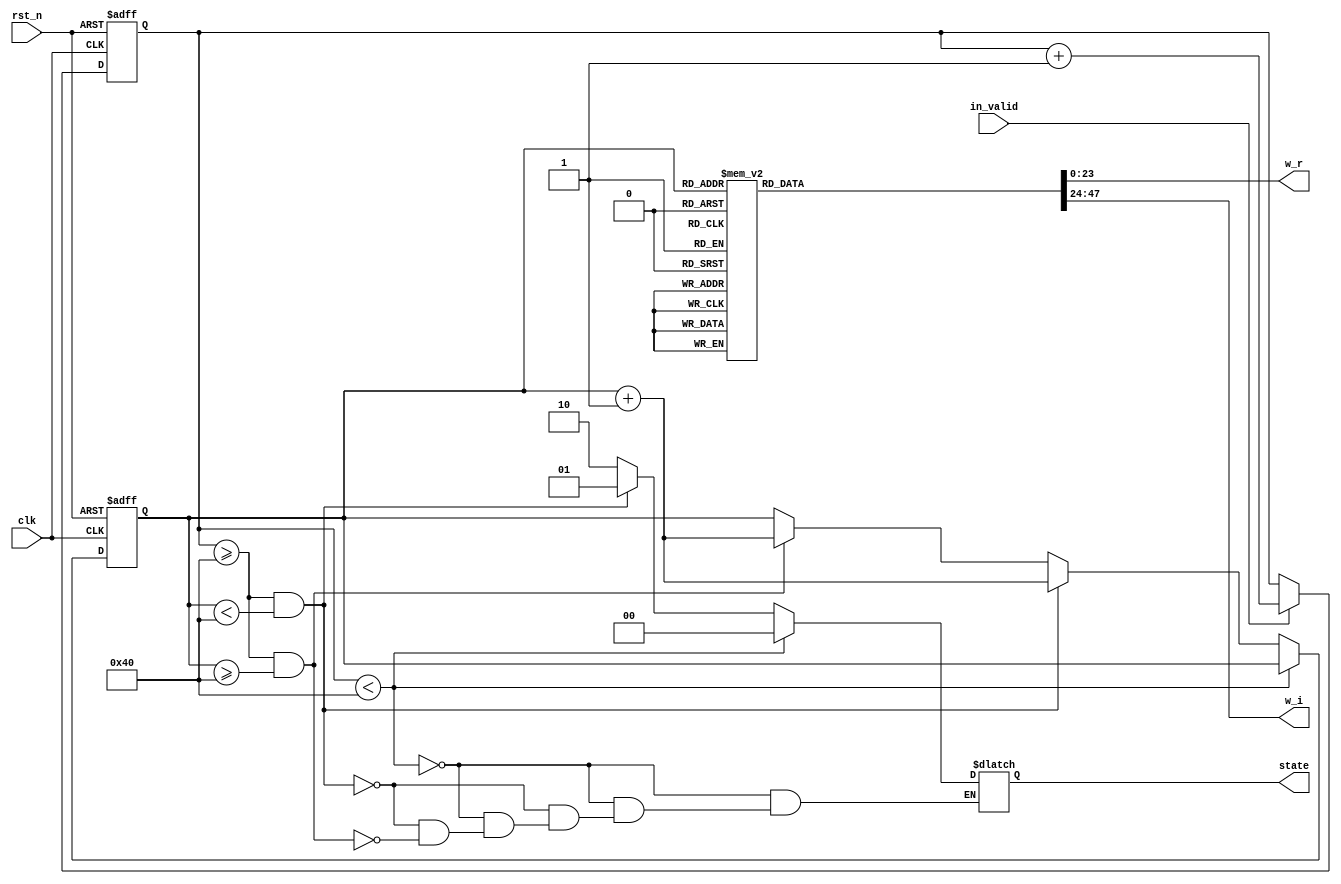
module ROM_64(
	input clk,
	input in_valid,
	input rst_n,
	output reg [23:0] w_r,
	output reg [23:0] w_i,
	output reg[1:0] state
);
////////////////////////////////////////////
// Internal signals
reg [8:0] count,next_count;
reg [6:0] s_count,next_s_count;
////////////////////////////////////////////
// Next state logic
always @(*) begin
    if(in_valid)
    begin 
        next_count = count + 1;
        next_s_count = s_count;
    end
    else begin
        next_count = count;
        next_s_count = s_count;  
    end
    
    if (count<9'd64) 
        state = 2'd0;
    else if (count >= 9'd64 && s_count < 7'd64)begin
        state = 2'd1;
        next_s_count = s_count + 1;
    end
    else if (count >= 9'd64 && s_count >= 7'd64)begin
        state = 2'd2;
        next_s_count = s_count + 1;
    end

	case(s_count)
	7'd64: begin 
	 w_r = 24'b 000000000000000100000000;
	 w_i = 24'b 000000000000000000000000;
	 end
	7'd65: begin 
	 w_r = 24'b 000000000000000100000000;
	 w_i = 24'b 111111111111111111110011;
	 end
	7'd66: begin 
	 w_r = 24'b 000000000000000011111111;
	 w_i = 24'b 111111111111111111100111;
	 end
	7'd67: begin 
	 w_r = 24'b 000000000000000011111101;
	 w_i = 24'b 111111111111111111011010;
	 end
	7'd68: begin 
	 w_r = 24'b 000000000000000011111011;
	 w_i = 24'b 111111111111111111001110;
	 end
	7'd69: begin 
	 w_r = 24'b 000000000000000011111000;
	 w_i = 24'b 111111111111111111000010;
	 end
	7'd70: begin 
	 w_r = 24'b 000000000000000011110101;
	 w_i = 24'b 111111111111111110110110;
	 end
	7'd71: begin 
	 w_r = 24'b 000000000000000011110001;
	 w_i = 24'b 111111111111111110101010;
	 end
	7'd72: begin 
	 w_r = 24'b 000000000000000011101101;
	 w_i = 24'b 111111111111111110011110;
	 end
	7'd73: begin 
	 w_r = 24'b 000000000000000011100111;
	 w_i = 24'b 111111111111111110010011;
	 end
	7'd74: begin 
	 w_r = 24'b 000000000000000011100010;
	 w_i = 24'b 111111111111111110000111;
	 end
	7'd75: begin 
	 w_r = 24'b 000000000000000011011100;
	 w_i = 24'b 111111111111111101111100;
	 end
	7'd76: begin 
	 w_r = 24'b 000000000000000011010101;
	 w_i = 24'b 111111111111111101110010;
	 end
	7'd77: begin 
	 w_r = 24'b 000000000000000011001110;
	 w_i = 24'b 111111111111111101101000;
	 end
	7'd78: begin 
	 w_r = 24'b 000000000000000011000110;
	 w_i = 24'b 111111111111111101011110;
	 end
	7'd79: begin 
	 w_r = 24'b 000000000000000010111110;
	 w_i = 24'b 111111111111111101010100;
	 end
	7'd80: begin 
	 w_r = 24'b 000000000000000010110101;
	 w_i = 24'b 111111111111111101001011;
	 end
	7'd81: begin 
	 w_r = 24'b 000000000000000010101100;
	 w_i = 24'b 111111111111111101000010;
	 end
	7'd82: begin 
	 w_r = 24'b 000000000000000010100010;
	 w_i = 24'b 111111111111111100111010;
	 end
	7'd83: begin 
	 w_r = 24'b 000000000000000010011000;
	 w_i = 24'b 111111111111111100110010;
	 end
	7'd84: begin 
	 w_r = 24'b 000000000000000010001110;
	 w_i = 24'b 111111111111111100101011;
	 end
	7'd85: begin 
	 w_r = 24'b 000000000000000010000100;
	 w_i = 24'b 111111111111111100100100;
	 end
	7'd86: begin 
	 w_r = 24'b 000000000000000001111001;
	 w_i = 24'b 111111111111111100011110;
	 end
	7'd87: begin 
	 w_r = 24'b 000000000000000001101101;
	 w_i = 24'b 111111111111111100011001;
	 end
	7'd88: begin 
	 w_r = 24'b 000000000000000001100010;
	 w_i = 24'b 111111111111111100010011;
	 end
	7'd89: begin 
	 w_r = 24'b 000000000000000001010110;
	 w_i = 24'b 111111111111111100001111;
	 end
	7'd90: begin 
	 w_r = 24'b 000000000000000001001010;
	 w_i = 24'b 111111111111111100001011;
	 end
	7'd91: begin 
	 w_r = 24'b 000000000000000000111110;
	 w_i = 24'b 111111111111111100001000;
	 end
	7'd92: begin 
	 w_r = 24'b 000000000000000000110010;
	 w_i = 24'b 111111111111111100000101;
	 end
	7'd93: begin 
	 w_r = 24'b 000000000000000000100110;
	 w_i = 24'b 111111111111111100000011;
	 end
	7'd94: begin 
	 w_r = 24'b 000000000000000000011001;
	 w_i = 24'b 111111111111111100000001;
	 end
	7'd95: begin 
	 w_r = 24'b 000000000000000000001101;
	 w_i = 24'b 111111111111111100000000;
	 end
	7'd96: begin 
	 w_r = 24'b 000000000000000000000000;
	 w_i = 24'b 111111111111111100000000;
	 end
	7'd97: begin 
	 w_r = 24'b 111111111111111111110011;
	 w_i = 24'b 111111111111111100000000;
	 end
	7'd98: begin 
	 w_r = 24'b 111111111111111111100111;
	 w_i = 24'b 111111111111111100000001;
	 end
	7'd99: begin 
	 w_r = 24'b 111111111111111111011010;
	 w_i = 24'b 111111111111111100000011;
	 end
	7'd100: begin 
	 w_r = 24'b 111111111111111111001110;
	 w_i = 24'b 111111111111111100000101;
	 end
	7'd101: begin 
	 w_r = 24'b 111111111111111111000010;
	 w_i = 24'b 111111111111111100001000;
	 end
	7'd102: begin 
	 w_r = 24'b 111111111111111110110110;
	 w_i = 24'b 111111111111111100001011;
	 end
	7'd103: begin 
	 w_r = 24'b 111111111111111110101010;
	 w_i = 24'b 111111111111111100001111;
	 end
	7'd104: begin 
	 w_r = 24'b 111111111111111110011110;
	 w_i = 24'b 111111111111111100010011;
	 end
	7'd105: begin 
	 w_r = 24'b 111111111111111110010011;
	 w_i = 24'b 111111111111111100011001;
	 end
	7'd106: begin 
	 w_r = 24'b 111111111111111110000111;
	 w_i = 24'b 111111111111111100011110;
	 end
	7'd107: begin 
	 w_r = 24'b 111111111111111101111100;
	 w_i = 24'b 111111111111111100100100;
	 end
	7'd108: begin 
	 w_r = 24'b 111111111111111101110010;
	 w_i = 24'b 111111111111111100101011;
	 end
	7'd109: begin 
	 w_r = 24'b 111111111111111101101000;
	 w_i = 24'b 111111111111111100110010;
	 end
	7'd110: begin 
	 w_r = 24'b 111111111111111101011110;
	 w_i = 24'b 111111111111111100111010;
	 end
	7'd111: begin 
	 w_r = 24'b 111111111111111101010100;
	 w_i = 24'b 111111111111111101000010;
	 end
	7'd112: begin 
	 w_r = 24'b 111111111111111101001011;
	 w_i = 24'b 111111111111111101001011;
	 end
	7'd113: begin 
	 w_r = 24'b 111111111111111101000010;
	 w_i = 24'b 111111111111111101010100;
	 end
	7'd114: begin 
	 w_r = 24'b 111111111111111100111010;
	 w_i = 24'b 111111111111111101011110;
	 end
	7'd115: begin 
	 w_r = 24'b 111111111111111100110010;
	 w_i = 24'b 111111111111111101101000;
	 end
	7'd116: begin 
	 w_r = 24'b 111111111111111100101011;
	 w_i = 24'b 111111111111111101110010;
	 end
	7'd117: begin 
	 w_r = 24'b 111111111111111100100100;
	 w_i = 24'b 111111111111111101111100;
	 end
	7'd118: begin 
	 w_r = 24'b 111111111111111100011110;
	 w_i = 24'b 111111111111111110000111;
	 end
	7'd119: begin 
	 w_r = 24'b 111111111111111100011001;
	 w_i = 24'b 111111111111111110010011;
	 end
	7'd120: begin 
	 w_r = 24'b 111111111111111100010011;
	 w_i = 24'b 111111111111111110011110;
	 end
	7'd121: begin 
	 w_r = 24'b 111111111111111100001111;
	 w_i = 24'b 111111111111111110101010;
	 end
	7'd122: begin 
	 w_r = 24'b 111111111111111100001011;
	 w_i = 24'b 111111111111111110110110;
	 end
	7'd123: begin 
	 w_r = 24'b 111111111111111100001000;
	 w_i = 24'b 111111111111111111000010;
	 end
	7'd124: begin 
	 w_r = 24'b 111111111111111100000101;
	 w_i = 24'b 111111111111111111001110;
	 end
	7'd125: begin 
	 w_r = 24'b 111111111111111100000011;
	 w_i = 24'b 111111111111111111011010;
	 end
	7'd126: begin 
	 w_r = 24'b 111111111111111100000001;
	 w_i = 24'b 111111111111111111100111;
	 end
	7'd127: begin 
	 w_r = 24'b 111111111111111100000000;
	 w_i = 24'b 111111111111111111110011;
	 end
	default: begin 
	 w_r = 24'b 000000000000000100000000;
	 w_i = 24'b 000000000000000000000000;
	 end
	endcase
end
////////////////////////////////////////////
// State register
always@(posedge clk or negedge rst_n)begin
    if(~rst_n)begin
        count <= 0;
        s_count <= 0;
    end
    else begin
        count <= next_count;
        s_count <= next_s_count;
    end
end
endmodule